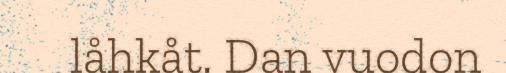
låhkåt. Dan vuodon